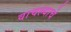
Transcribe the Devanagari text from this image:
वाचल्याचे